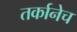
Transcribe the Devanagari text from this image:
तर्कानेच